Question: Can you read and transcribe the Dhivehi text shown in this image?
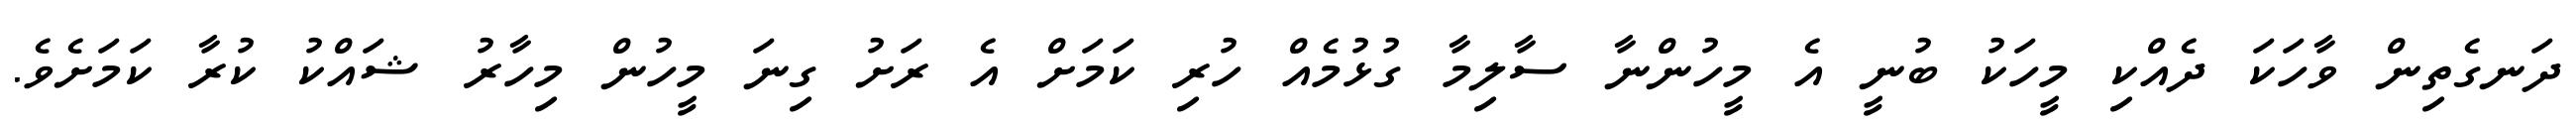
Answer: ދަނގެތިން ވާހަކަ ދެއްކި މީހަކު ބުނީ އެ މީހުންނާ ސާލިމާ ގުޅުމެއް ހުރި ކަމަށް އެ ރަށު ގިނަ މީހުން މިހާރު ޝައްކު ކުރާ ކަމަށެވެ.